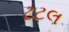
ટટલ